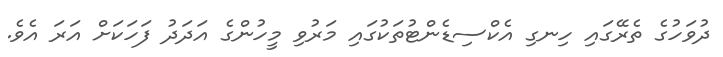
ދުވަހުގެ ތެރޭގައި ހިނގި އެކްސިޑެންޓުތަކުގައި މަރުވި މީހުންގެ އަދަދު ފަހަކަށް އަރަ އެވެ.